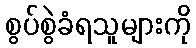
စွပ်စွဲခံရသူများကို